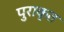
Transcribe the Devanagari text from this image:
पुराकृत